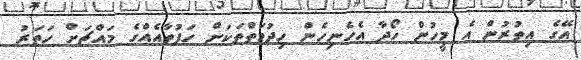
އޭގެ އިތުރުން އެ މީހުން ހޯދާ އެހެނިހެން ހިދުމަތްތަކަށް ހަފުތާއެއްގެ މައްޗަށް ހަތަރު